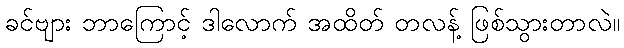
ခင်ဗျား ဘာကြောင့် ဒါလောက် အထိတ် တလန့် ဖြစ်သွားတာလဲ။